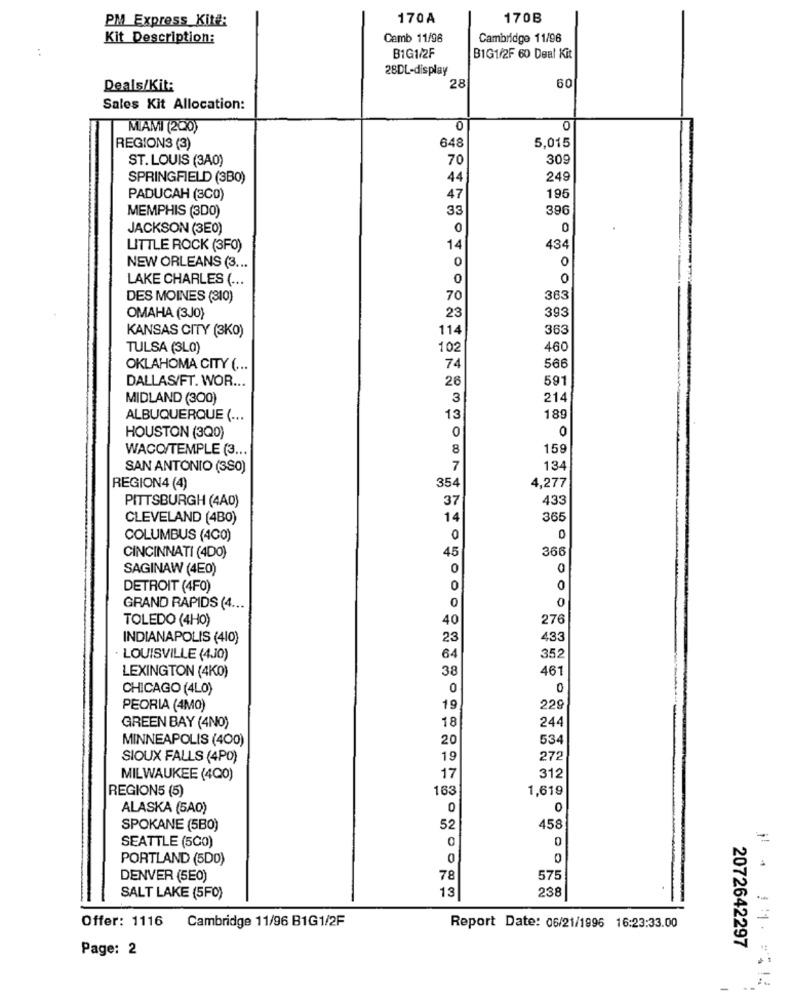
PM Express_Kit#:
170A
170B
Kit Description:
Camb 11/96
Cambridge 11/96
B1G1/2F
B1G1/2F 60 Deal Kit
28DL-display
Deals/Kit:
28
60
Sales Kit Allocation:
MIAMI (200)
0
0
5,015
REGIONS (3)
648
ST. LOUIS (3A0)
70
309
SPRINGFIELD (3BO)
44
249
PADUCAH (3CD)
47
195
MEMPHIS (3D0)
33
396
JACKSON (3E0)
0
0
LITTLE ROCK (3F0)
14
434
NEW ORLEANS (3 ...
0
LAKE CHARLES ( ...
0
0
DES MOINES (310)
70
363
393
OMAHA (3J0)
23
KANSAS CITY (3KO)
114
363
TULSA (3LO)
102
460
OKLAHOMA CITY ( ...
74
566
DALLAS/FT. WOR ...
26
591
MIDLAND (300)
3
214
ALBUQUERQUE ( ...
13
189
HOUSTON (3Q0)
0
0
WACO/TEMPLE (3 ...
8
159
SAN ANTONIO (3S0)
7
134
354
4,277
REGION4 (4)
PITTSBURGH (4A0)
37
433
CLEVELAND (4B0)
14
365
COLUMBUS (400)
0
45
366
CINCINNATI (4DO)
SAGINAW (4E0)
0
0
DETROIT (4F0)
0
0
0
GRAND RAPIDS (4 ...
0
TOLEDO (4H0)
40
276
INDIANAPOLIS (410)
23
433
LOUISVILLE (4J0)
64
352
38
461
LEXINGTON (4K0)
CHICAGO (4LO)
0
0
PEORIA (4MO)
19
229
18
244
GREEN BAY (4NO)
MINNEAPOLIS (400)
20
534
SIOUX FALLS (4PO)
19
272
MILWAUKEE (4Q0)
17
312
REGION5 (5)
163
1,619
ALASKA (5A0)
0
0
SPOKANE (5B0)
52
458
SEATTLE (5CO)
0
-
PORTLAND (5DO)
0
DENVER (5E0)
78
575
SALT LAKE (5F0)
13
238
Offer: 1116
Cambridge 11/96 B1G1/2F
Report Date: 06/21/1996 16:23:33.00
Page: 2
2072642297
-